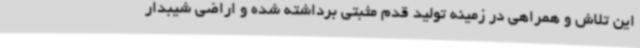
این تلاش و همراهی در زمینه تولید قدم مثبتی برداشته شده و اراضی شیبدار